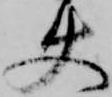
使